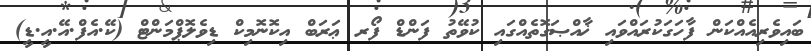
ބައިވެރިއެއްކަން ފާހަގަކުރައްވައި ޚާއްޞަގޮތެއްގައި ކުވޭތު ފަންޑް ފޯރ ޢަރަބް އިކޮނޮމިކް ޑިވެލޮޕްމަންޓް (ކޭ.އެފް.އޭ.އީ.ޑީ)